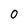
Character: O